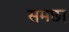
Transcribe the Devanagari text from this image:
समछा